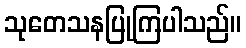
သုတေသနပြုကြပါသည်။